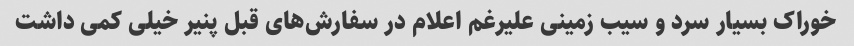
خوراک بسیار سرد و سیب زمینی علیرغم اعلام در سفارش‌های قبل پنیر خیلی کمی داشت